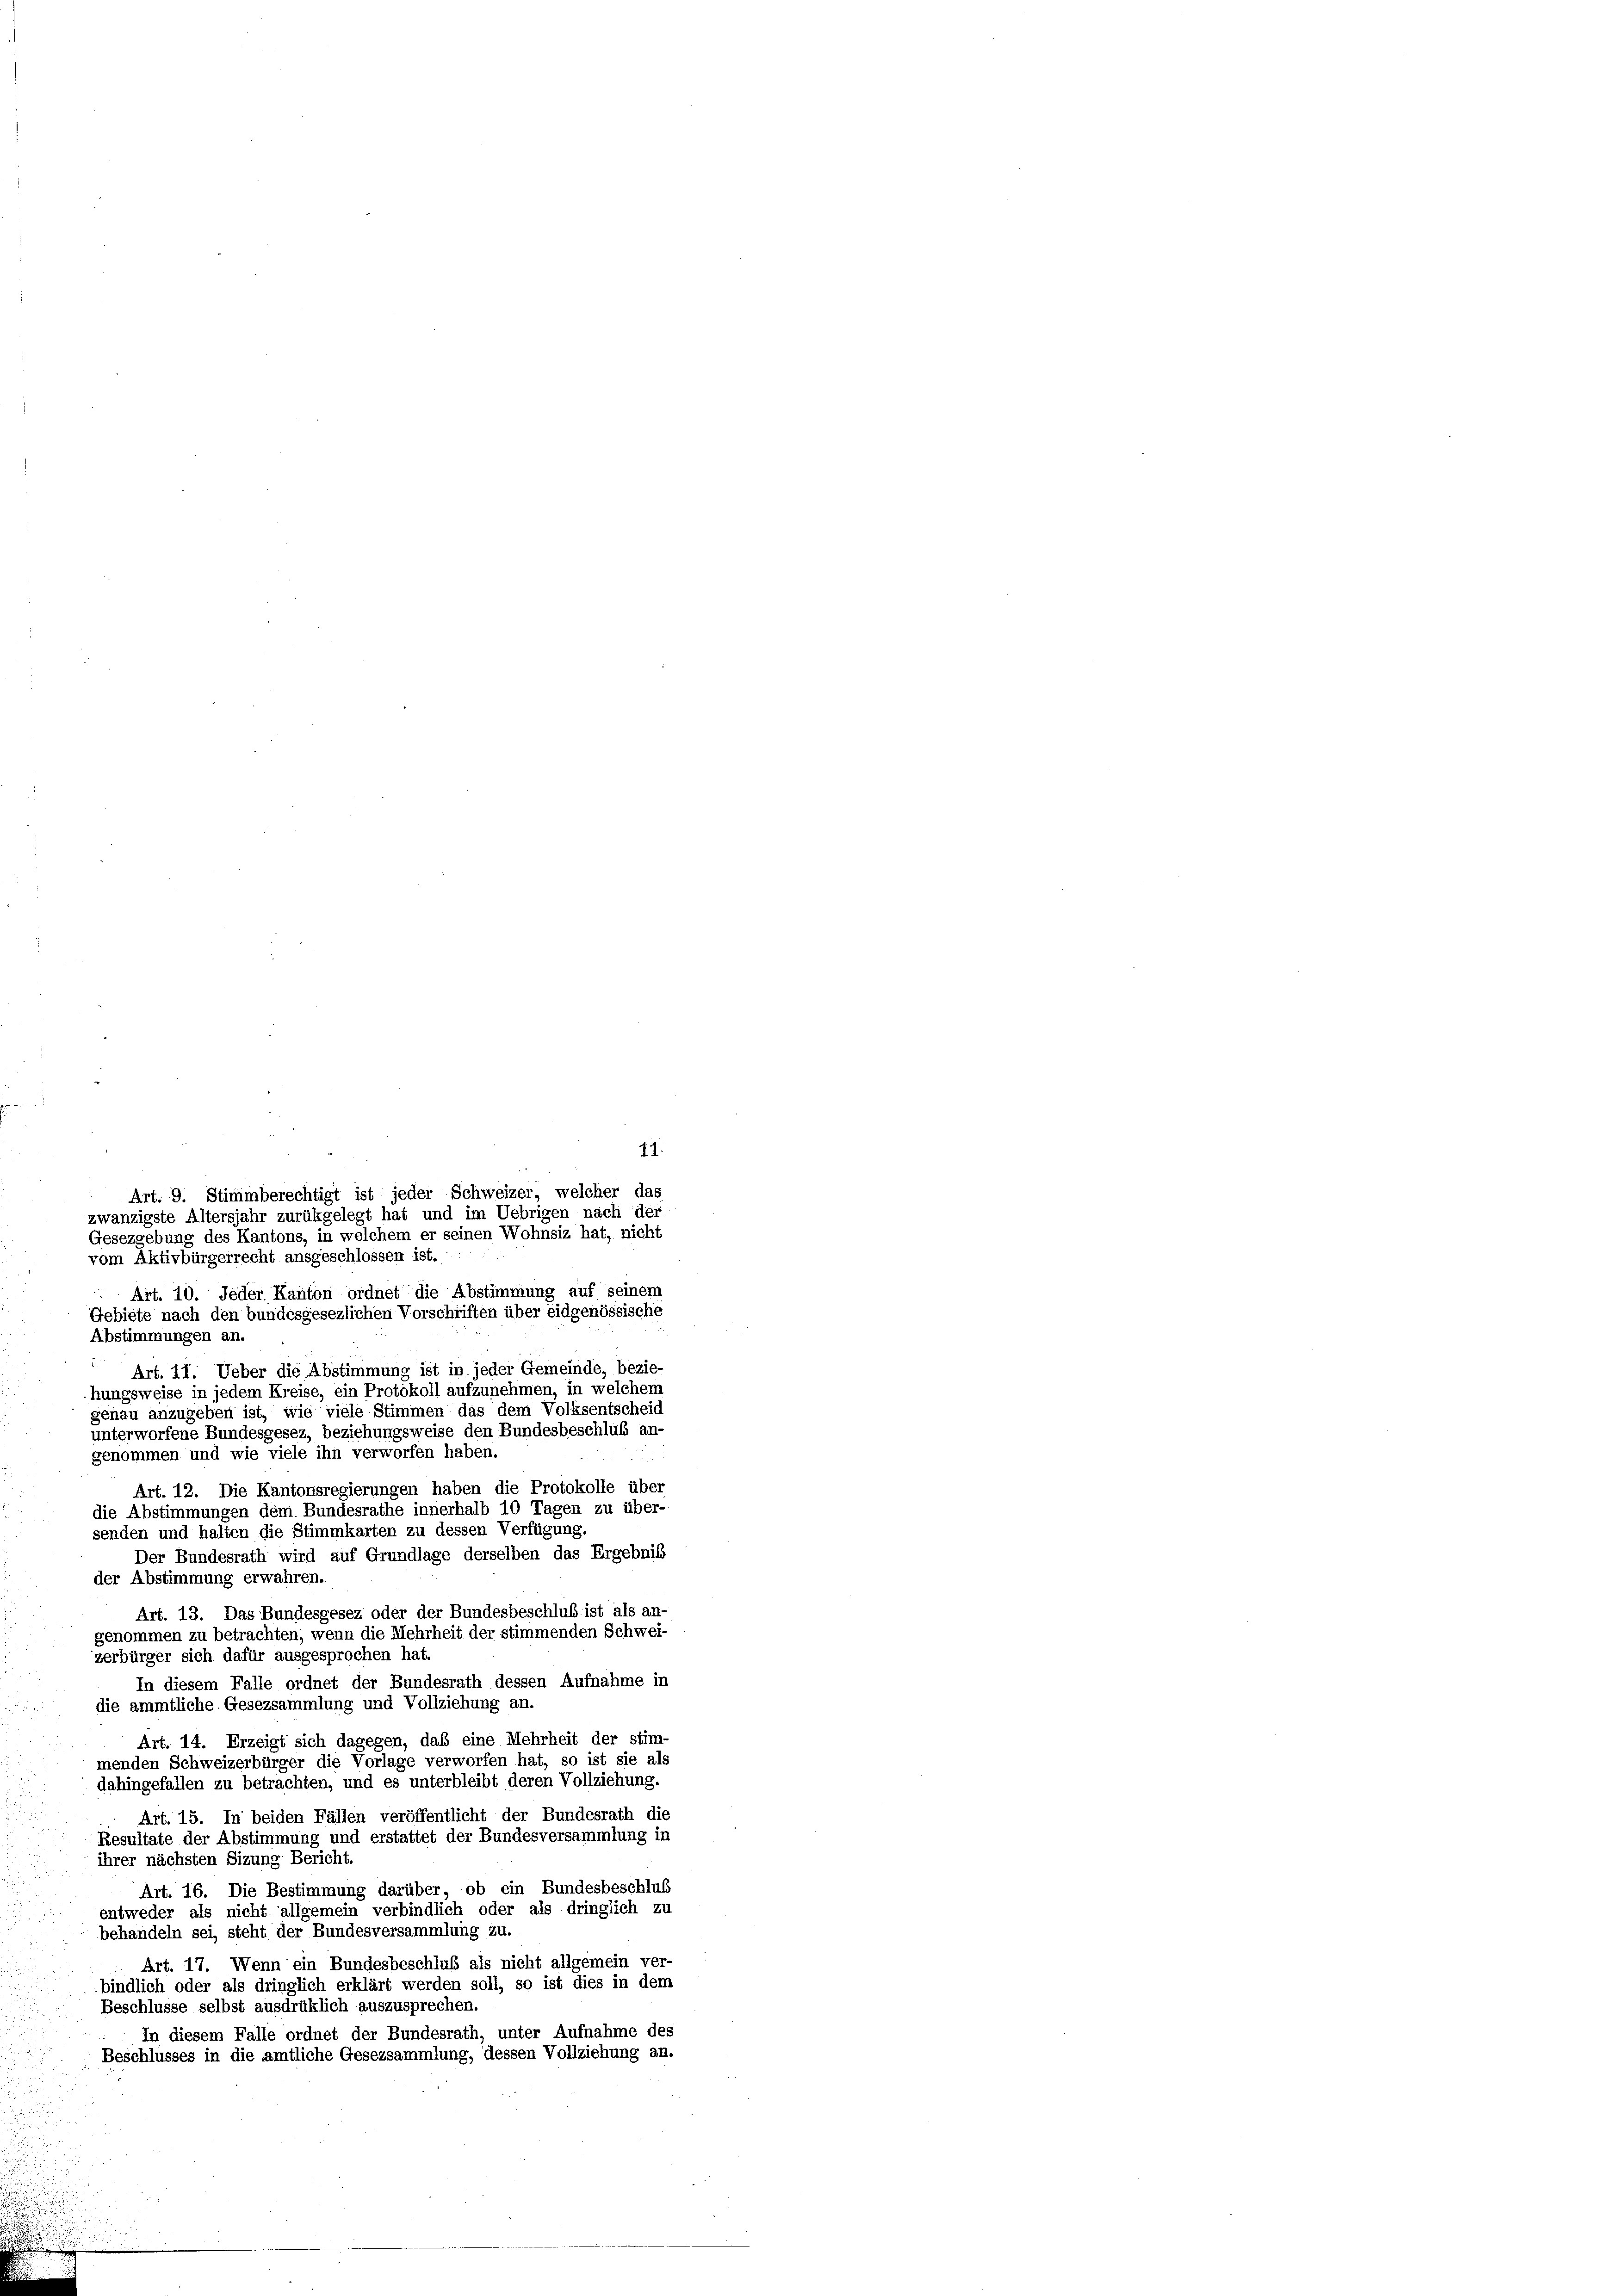
11.
Gesezgebung des Kantons, in welchem er seinen Wohnsiz hat, nicht
vom Aktivbürgerrecht ausgeschlossen ist.
 Art. 10. Jeder Kanton ordnet die Abstimmung auf seinem
Gebiete nach den bundesgesezlichen Vorschriften über eidgenössische
Abstimmungen an.
Art. 11. Ueber die Abstimmung ist in jeder Gemeinde, bezie-
hungsweise in jedem Kreise, ein Protokoll aufzunehmen, in welchem
genau anzugeben ist, wie viele Stimmen das dem Volksentscheid
unterworfene Bundesgesez, beziehungsweise den Bundesbeschluß an-
genommen und wie viele ihn verworfen haben.
Art. 12. Die Kantonsregierungen haben die Protokolle über
die Abstimmungen dem Bundesrathe innerhalb 10 Tagen zu über-
senden und halten die Stimmkarten zu dessen Verfügung.
Der Bundesrath wird auf Grundlage derselben das Ergebnis
der Abstimmung erwahren.
Art. 13. Das Bundesgesez oder der Bundesbeschlub ist als an-
genommen zu betrachten, wenn die Mehrheit der stimmenden Schwei-
zerbürger sich dafür ausgesprochen hat.
In diesem Falle ordnet der Bundesrath dessen Aufnahme in
die ammtliche Gesezsammlung und Vollziehung an.
Art. 14. Erzeigt sich dagegen, daß eine Mehrheit der stim-
menden Schweizerbürger die Vorlage verworfen hat, so ist sie als
dahingefallen zu betrachten, und es unterbleibt deren Vollziehung.
Art. 15. In beiden Fällen veröffentlicht der Bundesrath die
Resultate der Abstimmung und erstattet der Bundesversammlung in
ihrer nächsten Sizung Bericht.
Art. 16. Die Bestimmung darüber, ob ein Bundesbeschluß
entweder als nicht allgemein verbindlich oder als dringlich zu
behandeln sei, steht der Bundesversammlung zu.
Art. 17. Wenn ein Bundesbeschluß als nicht allgemein ver-
bindlich oder als dringlich erklärt werden soll, so ist dies in dem
Beschlüsse selbst ausdrüklich auszusprechen.
In diesem Falle ordnet der Bundesrath, unter Aufnahme des
Beschlusses in die amtliche Gesezsammlung, dessen Vollziehung an.

Art. 9. Stimmberechtigt ist jeder Schweizer, welcher das
zwanzigste Altersjahr zurükgelegt hat und im Uebrigen nach der